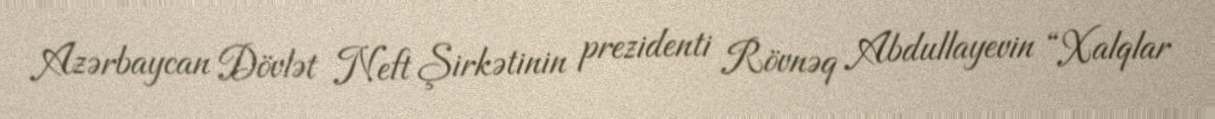
Azərbaycan Dövlət Neft Şirkətinin prezidenti Rövnəq Abdullayevin “Xalqlar